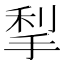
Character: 𰓶